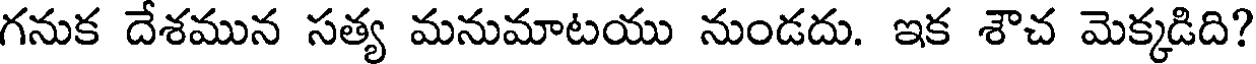
గనుక దేశమున సత్య మనుమాటయు నుండదు. ఇక శౌచ మెక్కడిది?